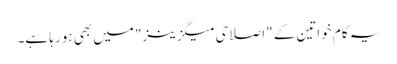
یہ کام خواتین کے "اصلاحی میگزینز" میں بھی ہو رہا ہے۔